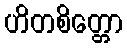
ဟိတစိတ္တော